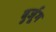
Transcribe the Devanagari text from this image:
बुर्जूग